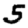
Digit: 5